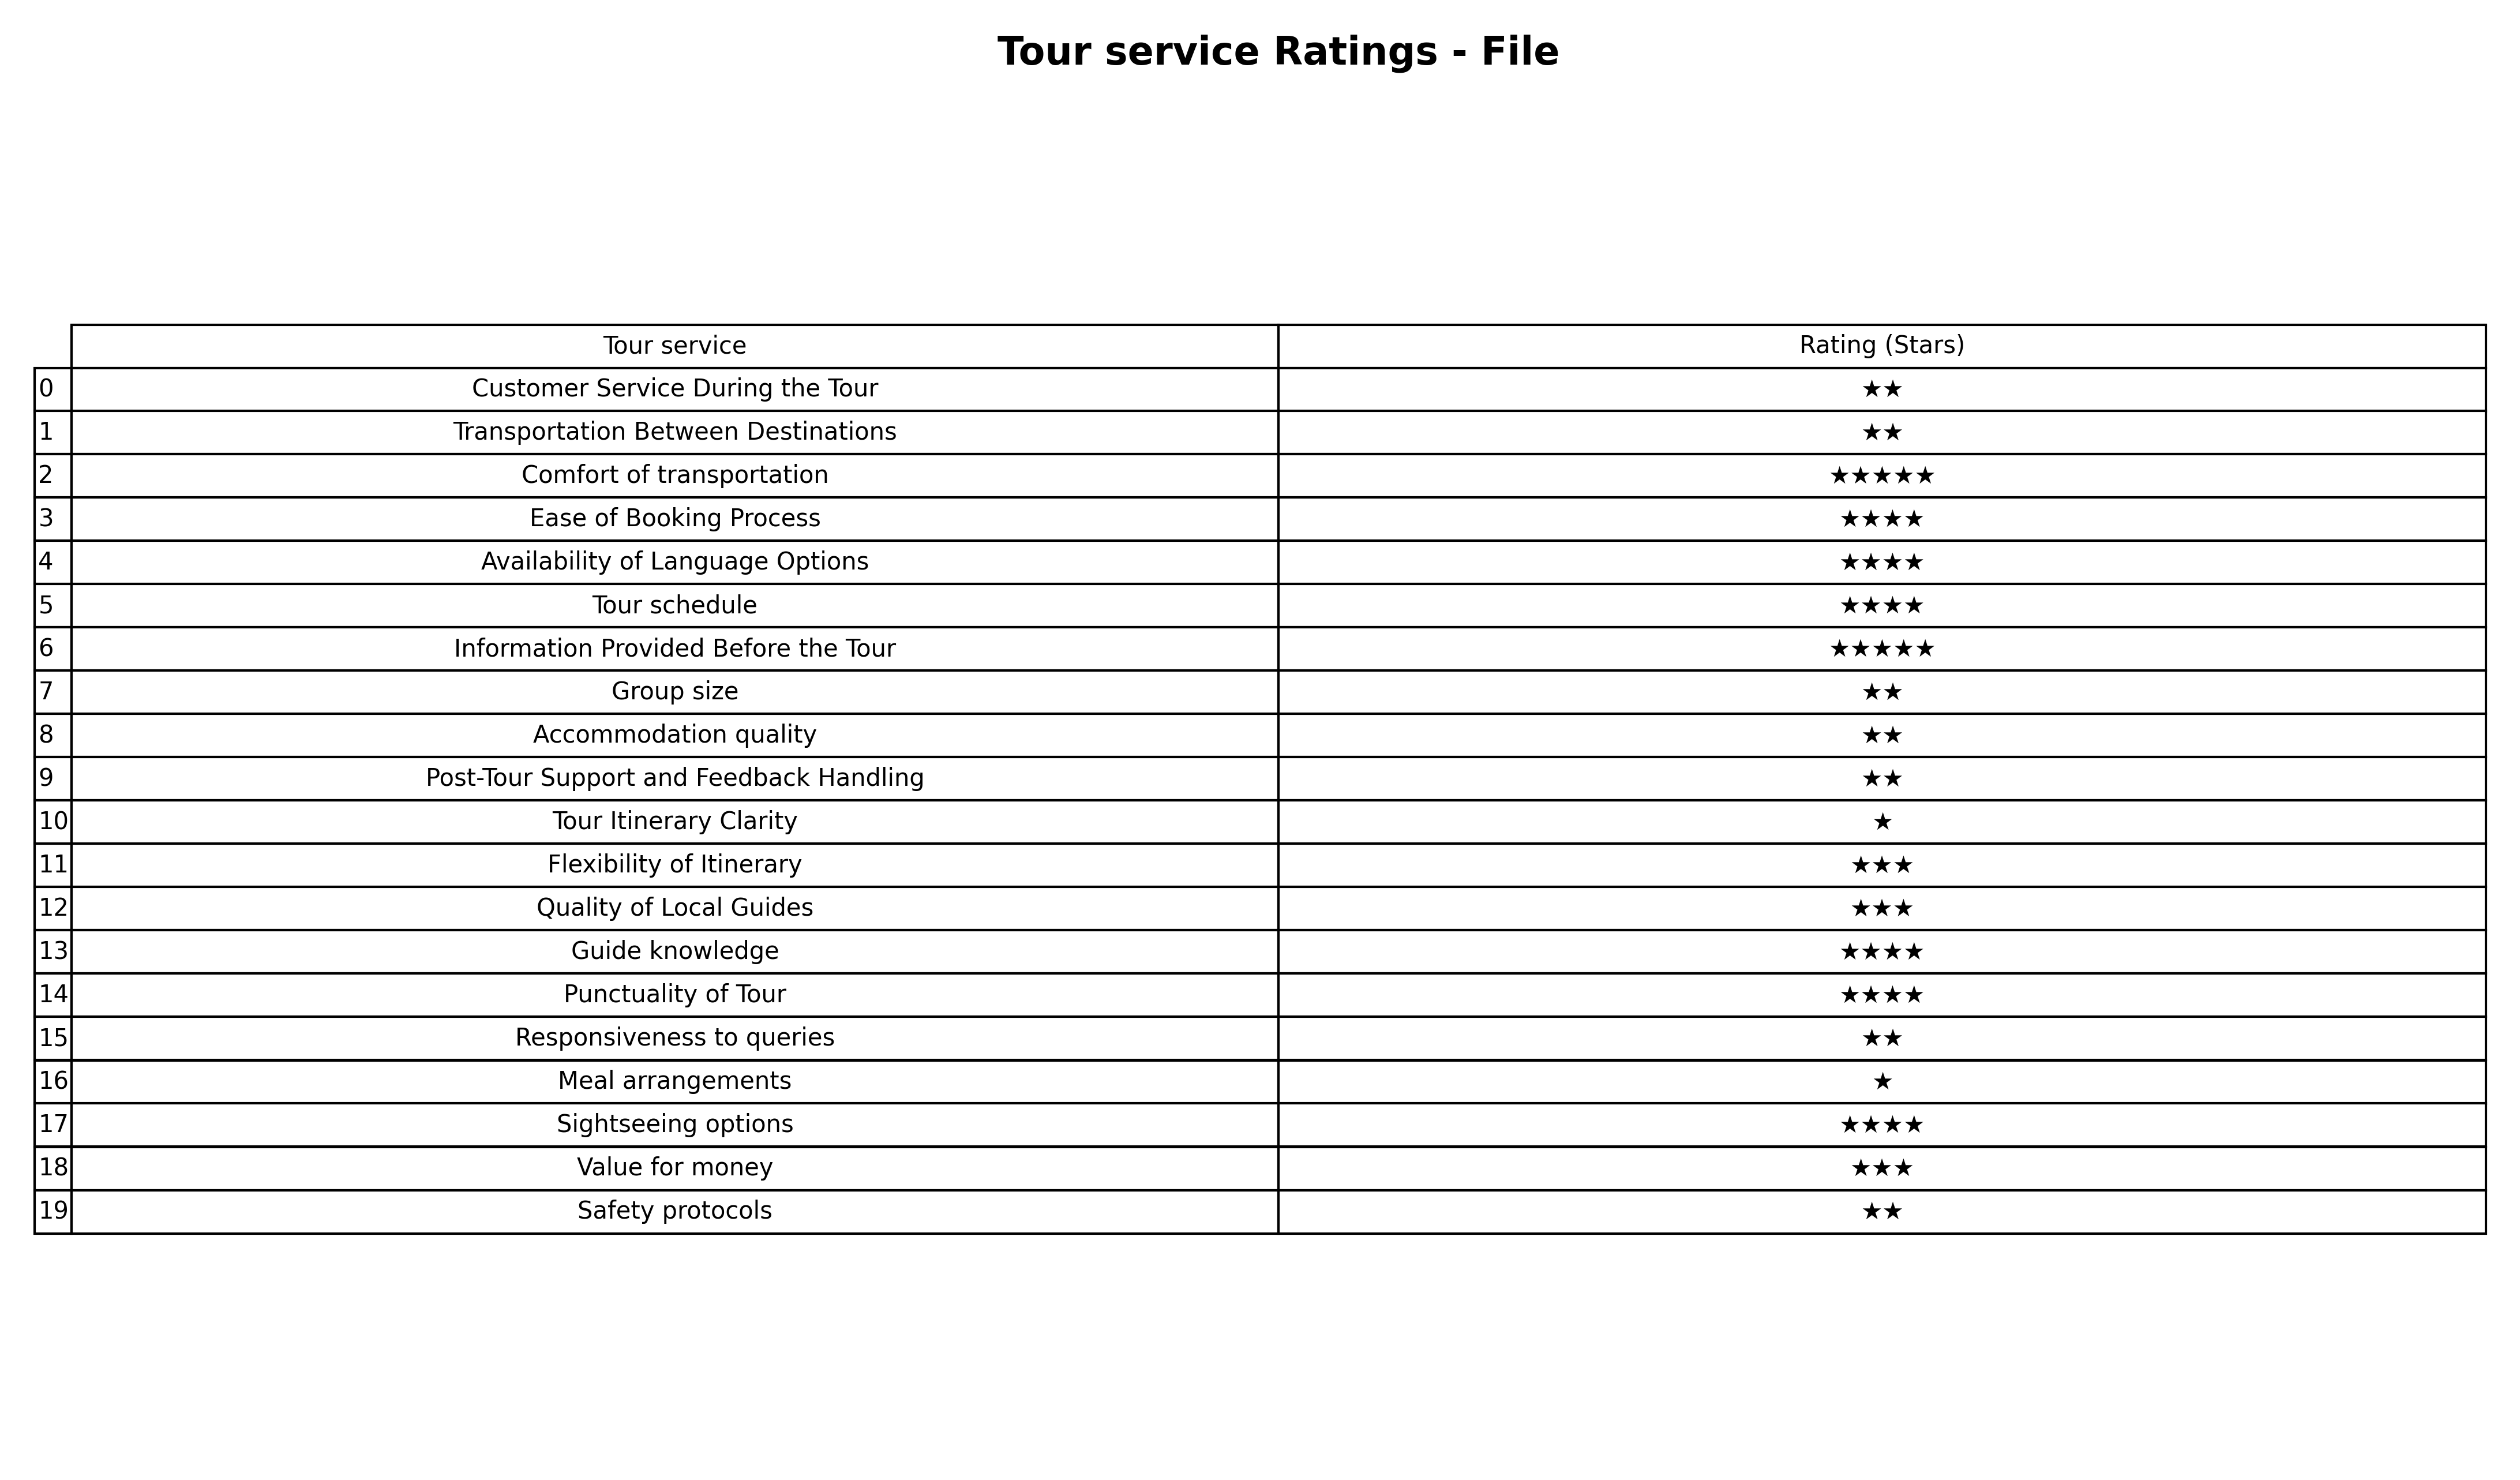
question: What are highest rating services?
answer: Customer Service During the TourTransportation Between DestinationsGroup sizeAccommodation qualityPost-Tour Support and Feedback HandlingResponsiveness to queriesSafety protocols